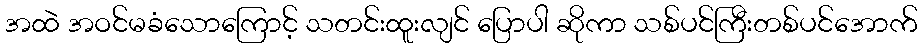
အထဲ အဝင်မခံသောကြောင့် သတင်းထူးလျင် ပြောပါ ဆိုကာ သစ်ပင်ကြီးတစ်ပင်အောက်